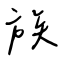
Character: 族